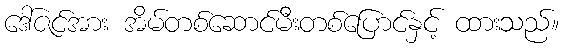
ဒေါ်ဇင်အား အိမ်တစ်ဆောင်မီးတစ်ပြောင်နှင့် ထားသည်။